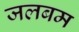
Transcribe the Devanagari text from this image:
जलबम